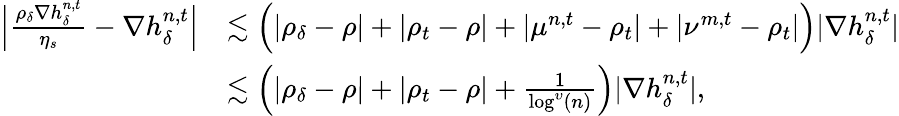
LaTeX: \begin{array}{rl}{\Big\vert\frac{\rho_{\delta}\nabla h_{\delta}^{n,t}}{\eta_{s}}-\nabla h_{\delta}^{n,t}\Big\vert}&{\lesssim\Big(\vert\rho_{\delta}-\rho\vert+\vert\rho_{t}-\rho\vert+\vert\mu^{n,t}-\rho_{t}\vert+\vert\nu^{m,t}-\rho_{t}\vert\Big)\vert\nabla h_{\delta}^{n,t}\vert}\\ &{\lesssim\Big(\vert\rho_{\delta}-\rho\vert+\vert\rho_{t}-\rho\vert+\frac{1}{\log^{\upsilon}(n)}\Big)\vert\nabla h_{\delta}^{n,t}\vert,}\end{array}